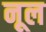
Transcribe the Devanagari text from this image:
नूल